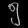
Digit: ၅